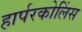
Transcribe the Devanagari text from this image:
हार्परकोलिंस